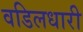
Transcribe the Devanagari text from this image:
वडिलधारी